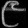
Digit: ၉